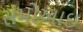
સમોઆઇ